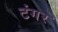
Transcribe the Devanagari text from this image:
टंगर